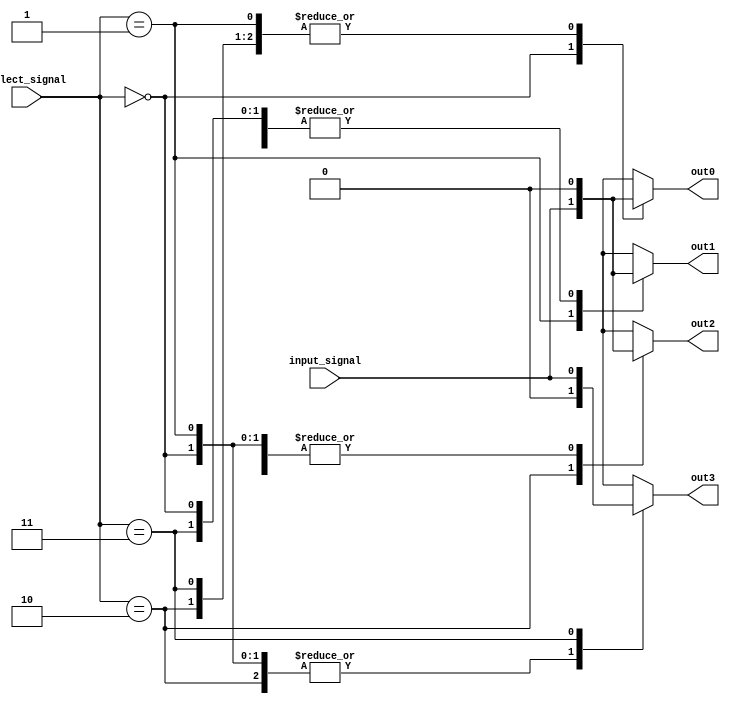
module demux_1to4 (
    input wire input_signal,
    input wire [1:0] select_signal,
    output reg out0,
    output reg out1,
    output reg out2,
    output reg out3
);

always @(*) begin
    case (select_signal)
        2'b00: begin
            out0 = input_signal;
            out1 = 1'b0;
            out2 = 1'b0;
            out3 = 1'b0;
        end
        2'b01: begin
            out0 = 1'b0;
            out1 = input_signal;
            out2 = 1'b0;
            out3 = 1'b0;
        end
        2'b10: begin
            out0 = 1'b0;
            out1 = 1'b0;
            out2 = input_signal;
            out3 = 1'b0;
        end
        2'b11: begin
            out0 = 1'b0;
            out1 = 1'b0;
            out2 = 1'b0;
            out3 = input_signal;
        end
    endcase
end

endmodule